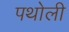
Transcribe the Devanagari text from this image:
पथोली